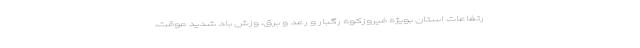
رتفاعات استان بویژه فیروزکوه رگبار و رعد و برق، وزش باد شدید موقت،